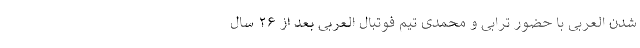
شدن العربی با حضور ترابی و محمدی تیم فوتبال العربی بعد از ۲۶ سال